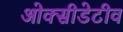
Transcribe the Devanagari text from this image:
ओक्सीडेटीव